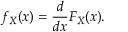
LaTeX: f _ { X } ( x ) = { \frac { d } { d x } } F _ { X } ( x ) .